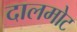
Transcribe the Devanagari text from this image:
दालमोट